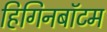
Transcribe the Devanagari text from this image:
हिगिनबॉटम